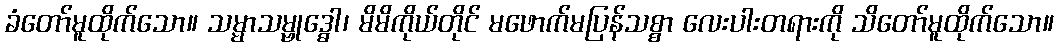
ခံတော်မူထိုက်သော။ သမ္မာသမ္ဗုဒ္ဓေါ၊ မိမိကိုယ်တိုင် မဖောက်မပြန်သစ္စာ လေးပါးတရားကို သိတော်မူထိုက်သော။